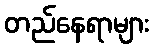
တည်နေရာများ